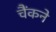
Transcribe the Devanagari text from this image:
चैंकने